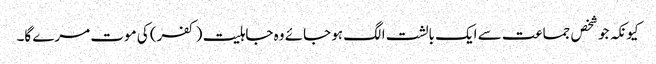
کیونکہ جو شخص جماعت سے ایک بالشت الگ ہو جائے وہ جاہلیت (کفر) کی موت مرے گا۔